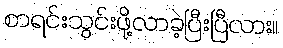
စာရင်းသွင်းဖို့လာခဲ့ပြီးပြီလား။